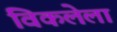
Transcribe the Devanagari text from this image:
विकलेला